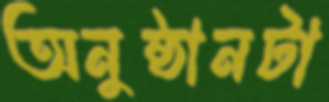
অনুষ্ঠানটা